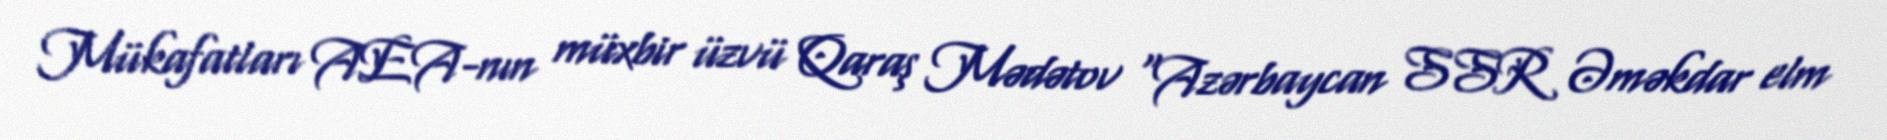
Mükafatları AEA-nın müxbir üzvü Qaraş Mədətov "Azərbaycan SSR Əməkdar elm